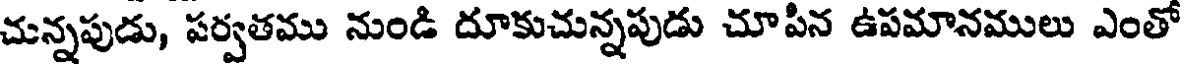
చున్నపుడు, పర్వతము నుండి దూకుచున్నపుడు చూపిన ఉపమానములు ఎంతో